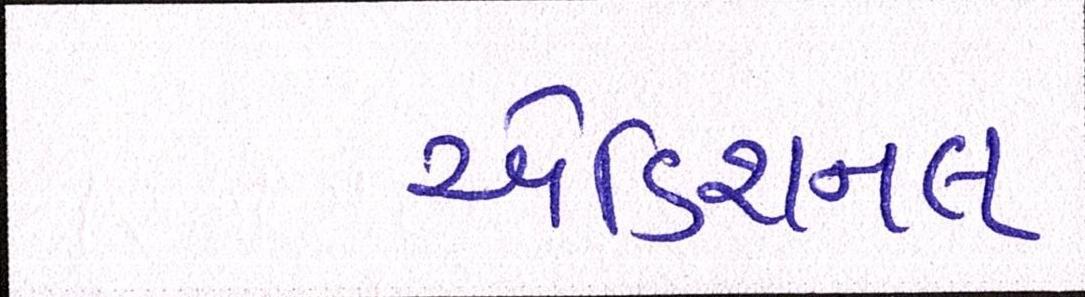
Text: એડિશનલ